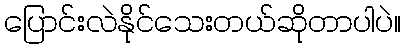
ပြောင်းလဲနိုင်သေးတယ်ဆိုတာပါပဲ။